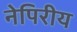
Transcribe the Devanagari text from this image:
नेपिरीय